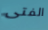
الفتى